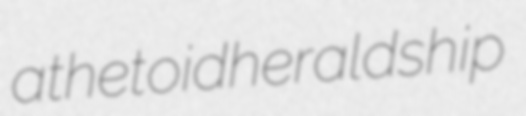
athetoid heraldship